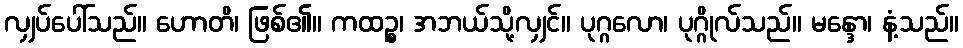
လျှပ်ပေါ်သည်။ ဟောတိ၊ ဖြစ်၏။ ကထဉ္စ၊ အဘယ်သို့လျှင်။ ပုဂ္ဂလော၊ ပုဂ္ဂိုလ်သည်။ မန္ဒော၊ နံ့သည်။